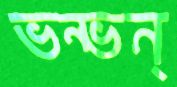
ভন্ভন্